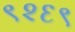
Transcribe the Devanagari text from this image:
९२६९